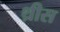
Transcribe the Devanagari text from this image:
थ्रीस